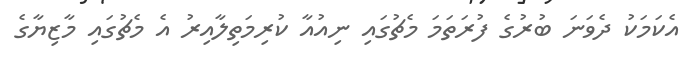
އެކަމަކު ދެވަނަ ބުރުގެ ފުރަތަމަ މެޗުގައި ނިއުއާ ކުރިމަތިލާއިރު އެ މެޗުގައި މާޒިޔާގެ